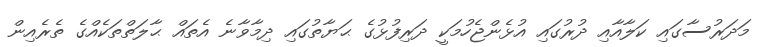
މަދަރުސާގައި ކަލާއާއި ދުރުގައި އުޅެންޖެހުމަކީ ދަރިފުޅުގެ ޙަޔާތުގައި ދިމާވާނެ އެތައް ޙާލަތްތަކެއްގެ ތެރެއިން